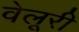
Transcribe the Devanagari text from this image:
वेलूरी